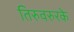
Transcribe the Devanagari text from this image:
तिरुवरुरके